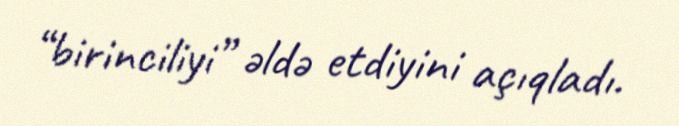
“birinciliyi” əldə etdiyini açıqladı.